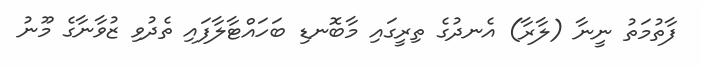
ފާތުމަތު ނީނާ (ލާރާ) އެނދުގެ ތިރީގައި މާބޮނޑި ބަހައްޓާލާފައި ތެދުވި ޒުވާނާގެ މޫނު